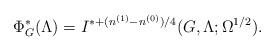
LaTeX: \begin{align*} \Phi^*_G(\Lambda) = I^{*+(n^{(1)} - n^{(0)})/4}(G,\Lambda;\Omega^{1/2}). \end{align*}